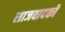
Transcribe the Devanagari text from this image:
साजवादकों